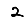
Digit: 2